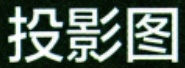
投影图